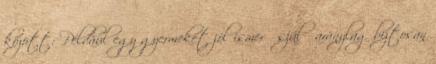
között: Például egy gyermekét jól ismerő szülő aránylag biztosan